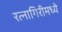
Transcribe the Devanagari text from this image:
रत्नागिरीमध्ये